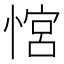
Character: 𢞏